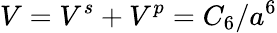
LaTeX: V=V^{s}+V^{p}=C_{6}/a^{6}